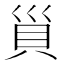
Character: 𧴲